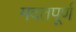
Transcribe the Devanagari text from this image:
मदतपूर्ण